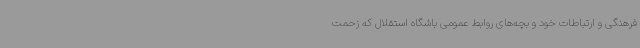
فرهنگی و ارتباطات خود و بچه‌های روابط عمومی باشگاه استقلال که زحمت